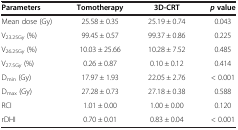
<table><thead><tr><td><b>Parameters</b></td><td><b>Tomotherapy</b></td><td><b>3D-CRT</b></td><td><b><i>p </i>value</b></td></tr></thead><tbody><tr><td>Mean dose (Gy)</td><td>25.58 ± 0.35</td><td>25.19 ± 0.74</td><td>0.043</td></tr><tr><td>V<sub>23.25Gy</sub> (%)</td><td>99.45 ± 0.57</td><td>99.37 ± 0.86</td><td>0.225</td></tr><tr><td>V<sub>26.25Gy</sub> (%)</td><td>10.03 ± 25.66</td><td>10.28 ± 7.52</td><td>0.485</td></tr><tr><td>V<sub>27.5Gy</sub> (%)</td><td>0.26 ± 0.87</td><td>0.10 ± 0.12</td><td>0.414</td></tr><tr><td>D<sub>min</sub> (Gy)</td><td>17.97 ± 1.93</td><td>22.05 ± 2.76</td><td>&lt; 0.001</td></tr><tr><td>D<sub>max</sub> (Gy)</td><td>27.28 ± 0.73</td><td>27.18 ± 0.38</td><td>0.588</td></tr><tr><td>RCI</td><td>1.01 ± 0.00</td><td>1.00 ± 0.00</td><td>0.120</td></tr><tr><td>rDHI</td><td>0.70 ± 0.01</td><td>0.83 ± 0.04</td><td>&lt; 0.001</td></tr></tbody></table>